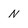
Character: N